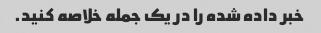
خبر داده شده را در یک جمله خلاصه کنید.